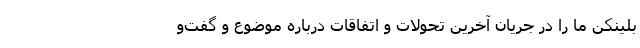
بلینکن ما را در جریان آخرین تحولات و اتفاقات درباره موضوع و گفت‌و